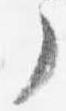
了